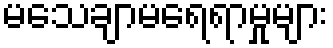
မသေချာမရေရာမှုများ